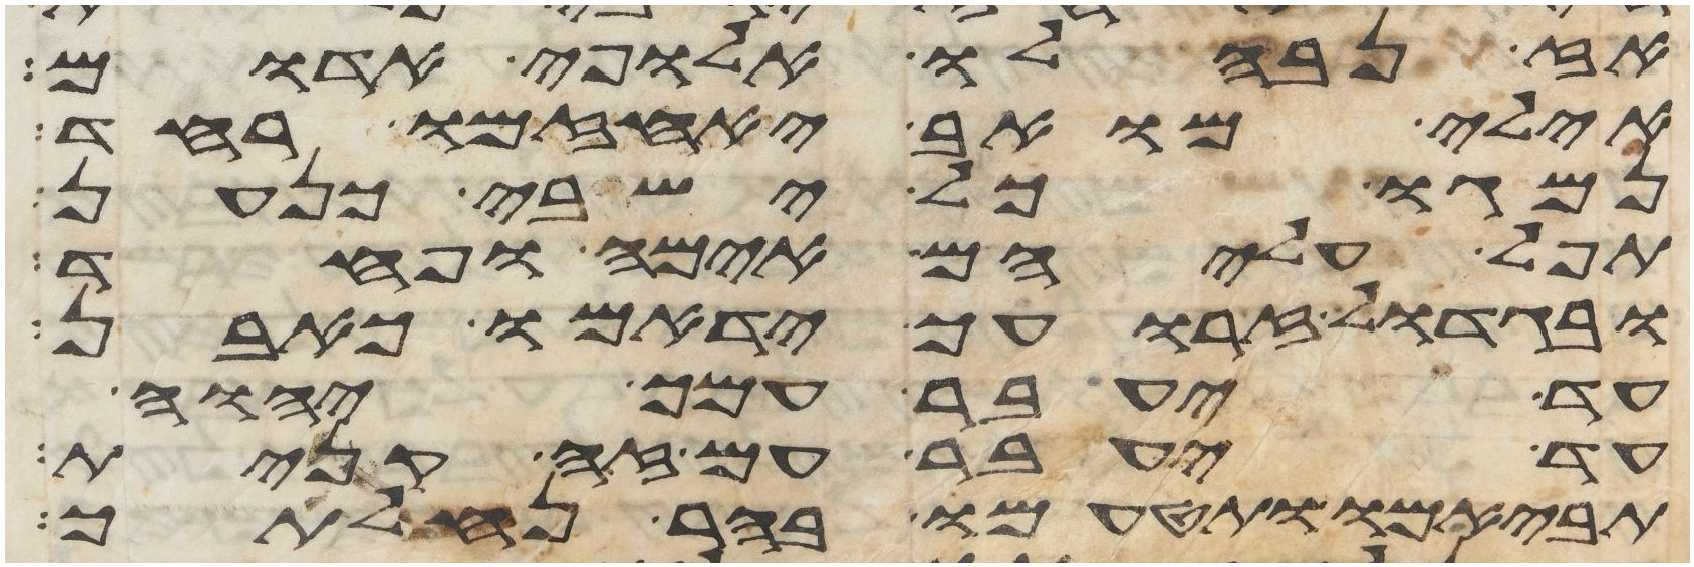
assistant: אז נבהלו אלופי אדום
אילי מואב יאחזמו רעד
נמגו כל ישבי כנען
תפל עליהם אימה ופחד
ובגדול זרועך ידמאו כאבן
עד יעבר עמך יהוה
עד יעבר עם זה קנית
תביאמו ותטעמו בהר נחלתך